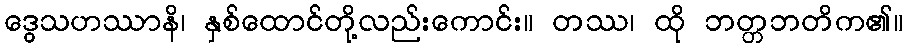
ဒွေသဟဿာနိ၊ နှစ်ထောင်တို့လည်းကောင်း။ တဿ၊ ထို ဘတ္တဘတိက၏။